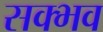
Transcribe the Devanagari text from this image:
सक्भव